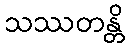
သဿတန္တိ